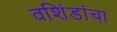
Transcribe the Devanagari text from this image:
वशिंडांचा